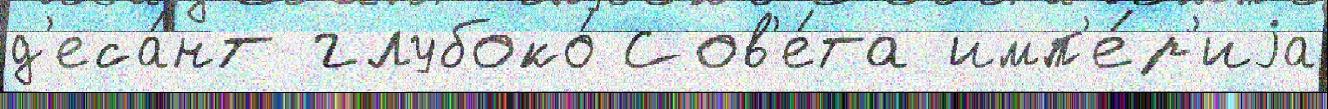
д'еса́нт глубоко́ Сов'е́та имп'е́р'иjа